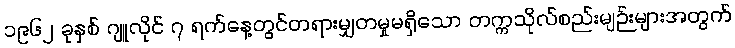
၁၉၆၂ ခုနှစ် ဂျူလိုင် ၇ ရက်နေ့တွင်တရားမျှတမှုမရှိသော တက္ကသိုလ်စည်းမျဉ်းများအတွက်